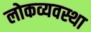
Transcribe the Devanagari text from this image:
लोकव्यवस्था